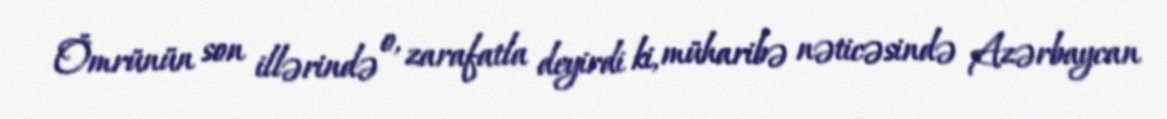
Ömrünün son illərində o, zarafatla deyirdi ki, müharibə nəticəsində Azərbaycan